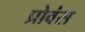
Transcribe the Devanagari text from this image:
प्रोवंस